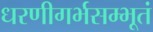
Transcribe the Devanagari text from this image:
धरणीगर्भसम्भूतं